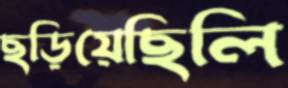
ছড়িয়েছিলি